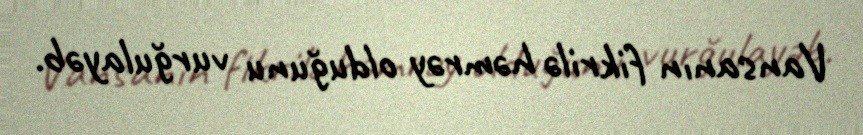
Vansanın fikrilə həmrəy olduğunu vurğulayəb.